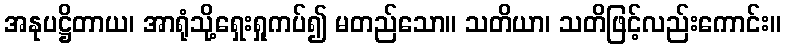
အနုပဋ္ဌိတာယ၊ အာရုံသို့ရှေးရှုကပ်၍ မတည်သော။ သတိယာ၊ သတိဖြင့်လည်းကောင်း။